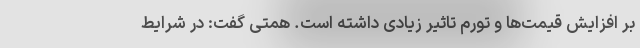
بر افزایش قیمت‌ها و تورم تاثیر زیادی داشته است. همتی گفت: در شرایط